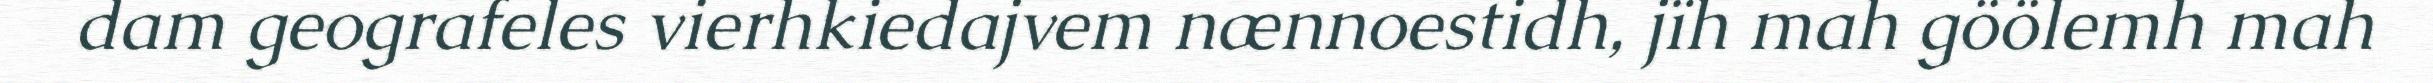
dam geografeles vierhkiedajvem nænnoestidh, jïh mah göölemh mah